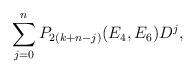
LaTeX: \begin{align*}\sum_{j = 0}^n P_{2(k + n-j)}(E_4,E_6)D^{j},\end{align*}